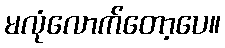
မလုံလောက်တော့ပေ။